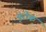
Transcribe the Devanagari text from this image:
युरोक